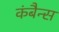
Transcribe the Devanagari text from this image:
कंबैन्स